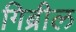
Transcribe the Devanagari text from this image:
गिब्रील